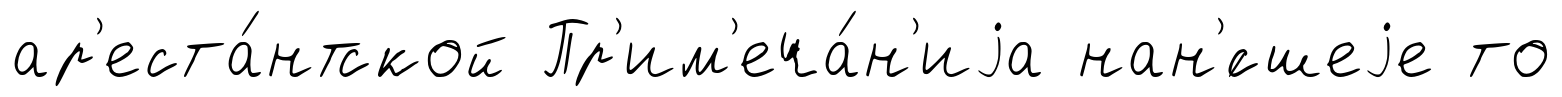
ар'еста́нтской Пр'им'еча́н'иjа нан'́сшеjе то